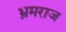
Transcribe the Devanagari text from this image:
भ्रमराज